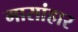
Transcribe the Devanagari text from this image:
मासांहार